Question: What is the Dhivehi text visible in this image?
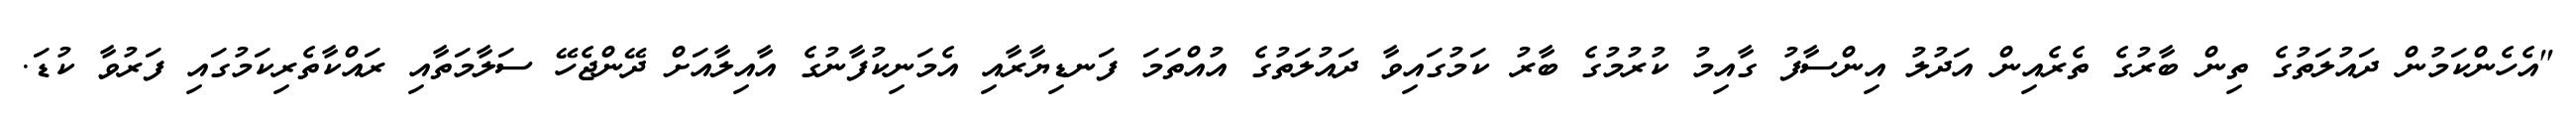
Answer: "އެހެންކަމުން ދައުލަތުގެ ތިން ބާރުގެ ތެރެއިން އަދުލު އިންސާފު ގާއިމު ކުރުމުގެ ބާރު ކަމުގައިވާ ދައުލަތުގެ އުއްތަމަ ފަނޑިޔާރާއި އެމަނިކުފާނުގެ އާއިލާއަށް ދޭންޖެހޭ ސަލާމަތާއި ރައްކާތެރިކަމުގައި ފަރުވާ ކުޑަ.